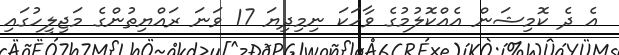
އެ ދެ ކޮމިޝަން އެއްކޮލުމުގެ ވާހަކަ ނިމިދިޔަ 17 ވަނަ ރައްޔިތުންގެ މަޖިލީހުގައި